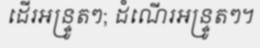
ដើរអន្ទ្រូតៗ; ដំណើរអន្ទ្រូតៗ។